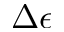
\Delta \epsilon